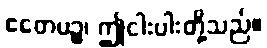
ဧတေပဉ္စ၊ ဤငါးပါးတို့သည်။